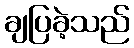
ချပြခဲ့သည်